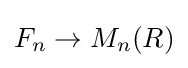
F_{n}\to M_{n}(R)